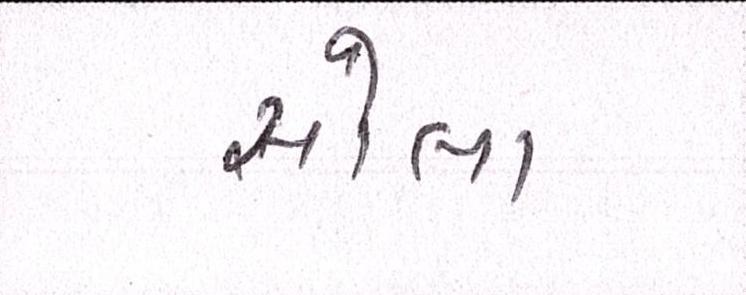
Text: સોલા